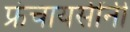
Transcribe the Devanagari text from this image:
फ्रंचायसींनी